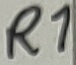
Text: R1